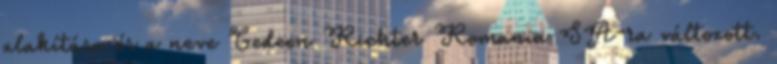
alakítása és a neve Gedeon Richter Romania SA-ra változott.